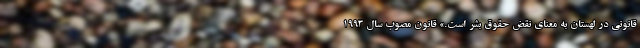
قانونی در لهستان به معنای نقض حقوق بشر است.» قانون مصوب سال ۱۹۹۳